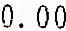
0.00